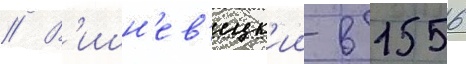
// В'ишн'ев'ецк'ии в 1556